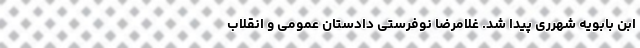
ابن بابویه شهرری پیدا شد. غلامرضا نوفرستی دادستان عمومی و انقلاب